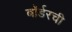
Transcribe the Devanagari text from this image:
बॉर्डरची